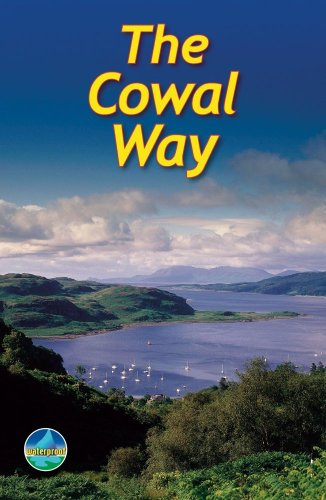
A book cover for The Cowal Way (Rucksack Readers); Michael Kaufmann; Travel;